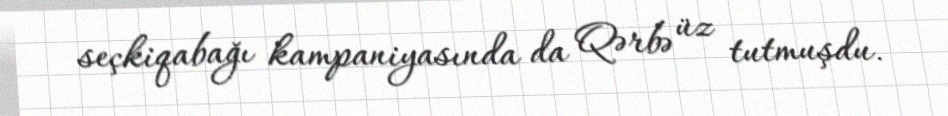
seçkiqabağı kampaniyasında da Qərbə üz tutmuşdu.